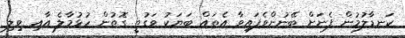
ކަނޑާލުމުން ފެނަށް ބޭނުންވެފައިވާ އެތައް ބަޔަކު ވަގުތީ ގޮތުން ހުޅުމާލެ އާއި ވިލި